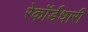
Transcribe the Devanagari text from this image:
रेकॉर्डधारी